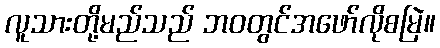
လူသားတို့မည်သည် ဘဝတွင်အဖော်လိုစမြဲ။